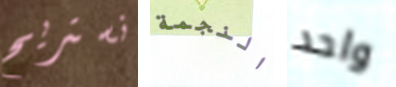
نستريح النجمة واحد